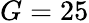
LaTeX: G=25